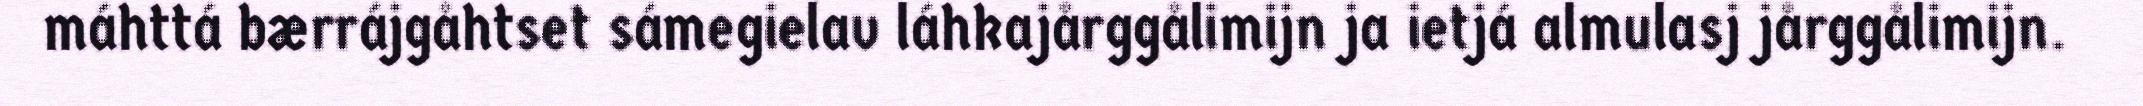
máhttá bærrájgåhtset sámegielav láhkajårggålimijn ja ietjá almulasj jårggålimijn.